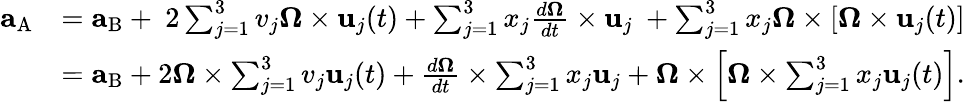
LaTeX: {\begin{array}{rl}{\mathbf{a}_{\mathrm{A}}}&{=\mathbf{a}_{\mathrm{B}}+\ 2\sum_{j=1}^{3}v_{j}{\boldsymbol{\Omega}}\times\mathbf{u}_{j}(t)+\sum_{j=1}^{3}x_{j}{\frac{d{\boldsymbol{\Omega}}}{dt}}\times\mathbf{u}_{j}\ +\sum_{j=1}^{3}x_{j}{\boldsymbol{\Omega}}\times\left[{\boldsymbol{\Omega}}\times\mathbf{u}_{j}(t)\right]}\\ &{=\mathbf{a}_{\mathrm{B}}+2{\boldsymbol{\Omega}}\times\sum_{j=1}^{3}v_{j}\mathbf{u}_{j}(t)+{\frac{d{\boldsymbol{\Omega}}}{dt}}\times\sum_{j=1}^{3}x_{j}\mathbf{u}_{j}+{\boldsymbol{\Omega}}\times\left[{\boldsymbol{\Omega}}\times\sum_{j=1}^{3}x_{j}\mathbf{u}_{j}(t)\right].}\end{array}}